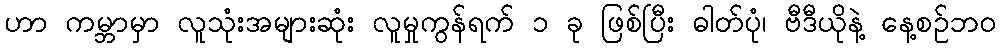
ဟာ ကမ္ဘာမှာ လူသုံးအများဆုံး လူမှုကွန်ရက် ၁ ခု ဖြစ်ပြီး ဓါတ်ပုံ၊ ဗီဒီယိုနဲ့ နေ့စဉ်ဘဝ